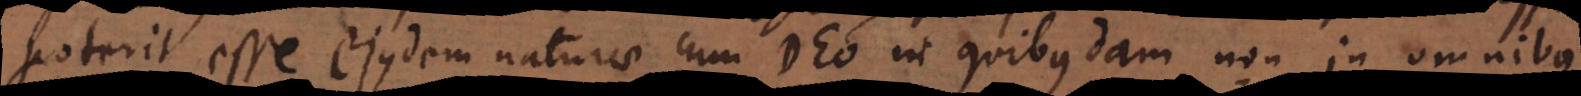
Poterit esse eiusdem naturae cum Deo in quibusdam non in omnibus.